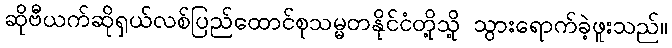
ဆိုဗီယက်ဆိုရှယ်လစ်ပြည်ထောင်စုသမ္မတနိုင်ငံတို့သို့ သွားရောက်ခဲ့ဖူးသည်။